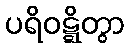
ပရိဝဋ္ဋိတွာ